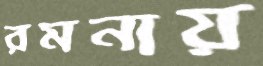
রমনায়